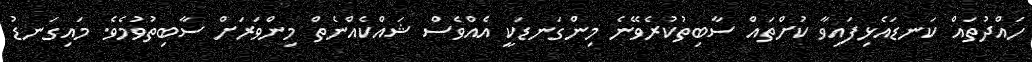
ހައްދުތައް ކަނޑައެޅިފައިވާ ކުށްތައް ސާބިތުކުރެވޭނެ މިންގަނޑަކީ އެއްވެސް ޝައްކެއްނެތް މިންވަރަށް ސާބިތުވުމެވެ. މައިގަނޑު